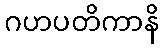
ဂဟပတိကာနိ